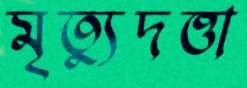
মৃত্যুদত্তা